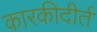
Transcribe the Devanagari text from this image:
कारकीदीर्त